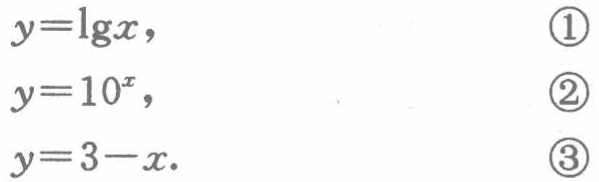
\begin{align}
y&=\lg x, \tag{1}\\
y&=10^{x}, \tag{2}\\
y&=3 - x. \tag{3}
\end{align}